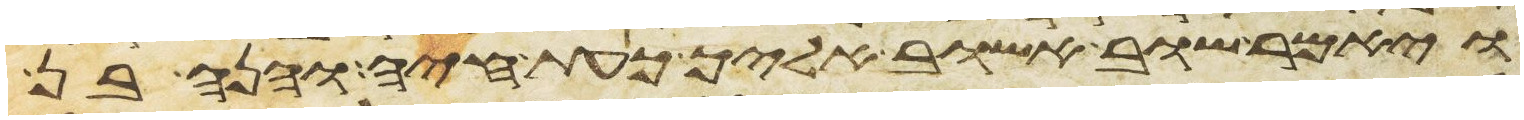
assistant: ויאמר שוב אשוב אליך כעת חיה והנה בן